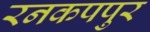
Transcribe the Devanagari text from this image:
रनकपपुर